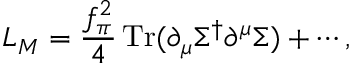
{ \cal L } _ { M } = \frac { f _ { \pi } ^ { 2 } } { 4 } \, \mathrm { T r } ( \partial _ { \mu } \Sigma ^ { \dagger } \partial ^ { \mu } \Sigma ) + \cdots ,